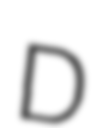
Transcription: D